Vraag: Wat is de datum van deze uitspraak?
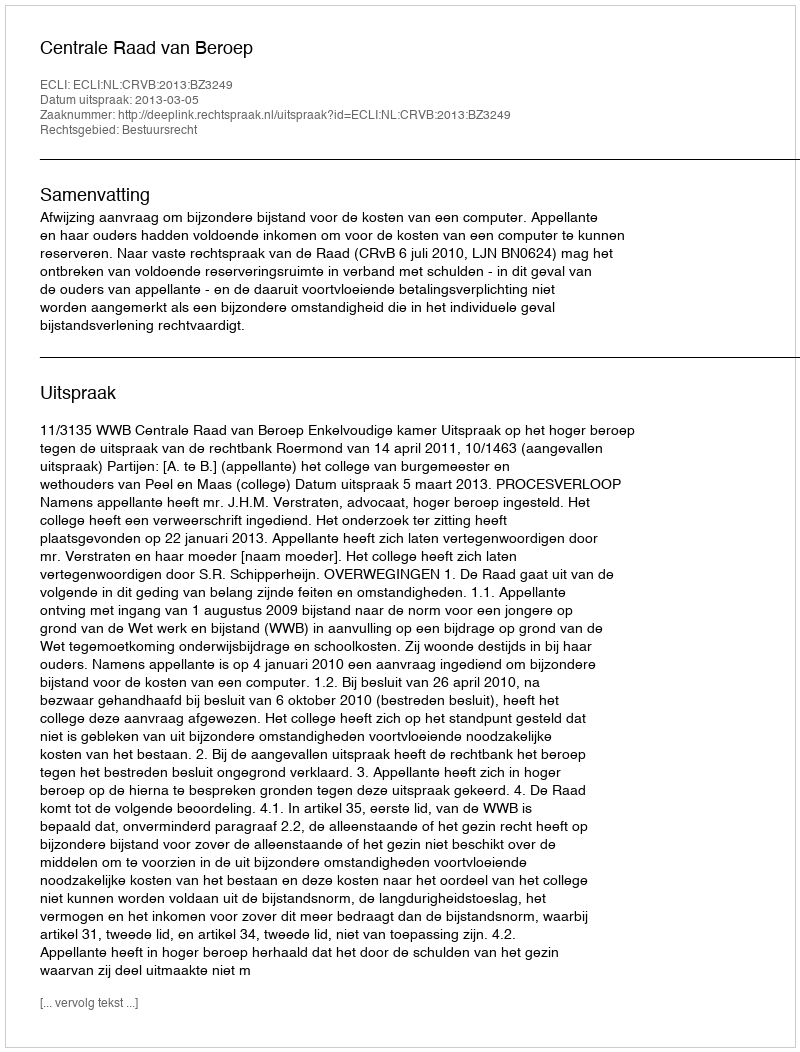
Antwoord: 2013-03-05